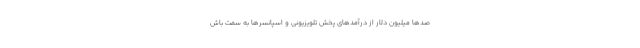
صدها میلیون دلار از درآمدهای پخش تلویزیونی و اسپانسرها به سمت باش